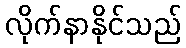
လိုက်နာနိုင်သည်